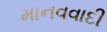
માનવવાદી